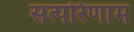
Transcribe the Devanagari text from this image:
सत्परिणाम